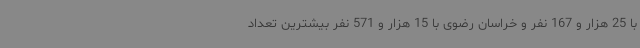
با 25 هزار و 167 نفر و خراسان رضوی با 15 هزار و 571 نفر بیشترین تعداد